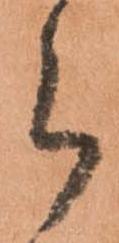
ら